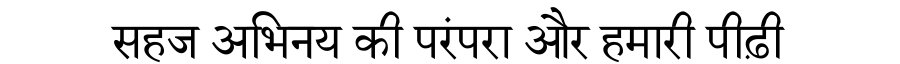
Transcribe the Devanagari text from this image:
सहज अभिनय की परंपरा और हमारी पीढ़ी